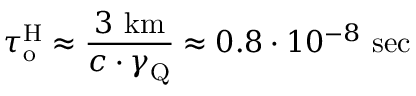
\tau _ { \mathrm { { o } } } ^ { \mathrm { { H } } } \approx \frac { 3 \mathrm { ~ k m } } { c \cdot \gamma _ { \mathrm { { Q } } } } \approx 0 . 8 \cdot 1 0 ^ { - 8 } \mathrm { ~ s e c ~ }